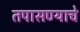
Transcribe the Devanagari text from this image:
तपासण्याचे